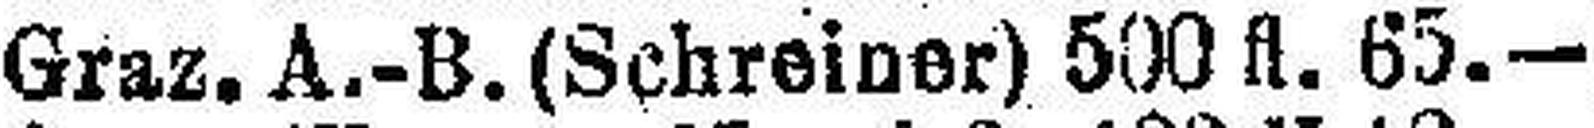
Graz. A.-B. (Schreiner) 500 fl. 65.—